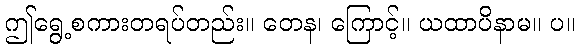
ဤရွေ့စကားတရပ်တည်း။ တေန၊ ကြောင့်။ ယထာပိနာမ။ ပ။